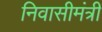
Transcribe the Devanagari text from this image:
निवासीमंत्री